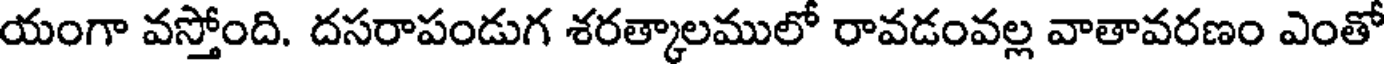
యంగా వస్తోంది. దసరాపండుగ శరత్కాలములో రావడంవల్ల వాతావరణం ఎంతో